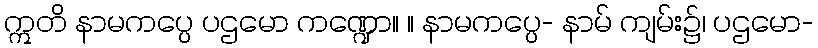
ဣတိ နာမကပ္ပေ ပဌမော ကဏ္ဍော။ ။ နာမကပ္ပေ- နာမ် ကျမ်း၌၊ ပဌမော-